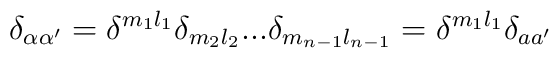
\delta_{\alpha \alpha'} = \delta^{m_1l_1}\delta_{m_2l_2}...\delta_{m_{n-1}l_{n-1}}= \delta^{m_1l_1}\delta_{a a'}